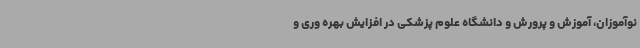
نوآموزان، آموزش و پرورش و دانشگاه علوم پزشکی در افزایش بهره وری و